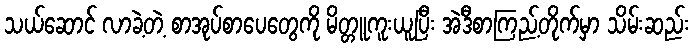
သယ်ဆောင် လာခဲ့တဲ့ စာအုပ်စာပေတွေကို မိတ္တူကူးယူပြီး အဲဒီစာကြည့်တိုက်မှာ သိမ်းဆည်း